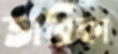
তারিকা